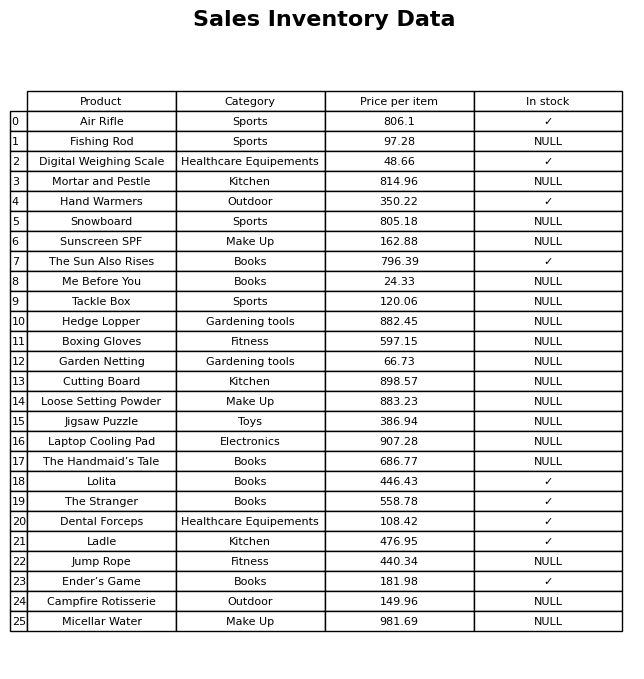
question: Which products are currently out of stock?
answer: Fishing Rod, Mortar and Pestle, Snowboard, Sunscreen SPF, Me Before You, Tackle Box, Hedge Lopper, Boxing Gloves, Garden Netting, Cutting Board, Loose Setting Powder, Jigsaw Puzzle, Laptop Cooling Pad, The Handmaid’s Tale, Jump Rope, Campfire Rotisserie, Micellar Water